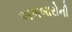
અખબારોની